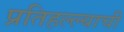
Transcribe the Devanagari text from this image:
प्रतिहल्ल्याची